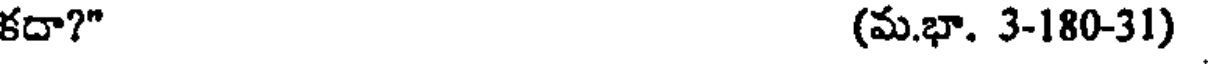
కదా?" (మ.భా. 3-180-31)